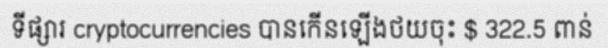
ទីផ្សារ cryptocurrencies បានកើនឡើងថយចុះ $ 322.5 ពាន់